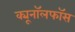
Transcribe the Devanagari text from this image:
क्यूनॉलफॉस